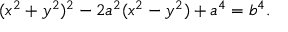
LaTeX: ( x ^ { 2 } + y ^ { 2 } ) ^ { 2 } - 2 a ^ { 2 } ( x ^ { 2 } - y ^ { 2 } ) + a ^ { 4 } = b ^ { 4 } .